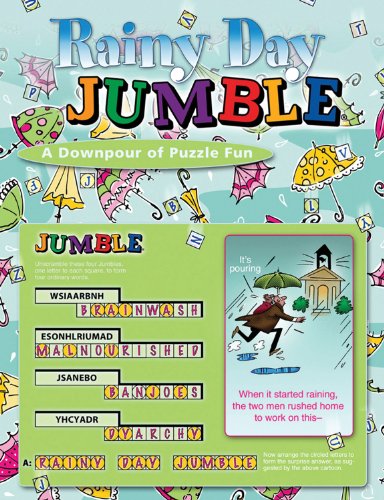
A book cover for Rainy Day JumbleÂ®: A Downpour of Puzzle Fun (JumblesÂ®); Tribune Media Services; Humor & Entertainment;